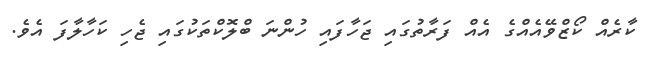
ކާރެއް ކޯޒްވޭއެެއްގެ އެއް ފަރާތުގައި ޖަހާފައި ހުންނަ ބްލޮކްތަކުގައި ޖެހި ކަހާލާފަ އެވެ.